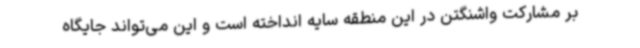
بر مشارکت واشنگتن در این منطقه سایه انداخته است و این می‌تواند جایگاه